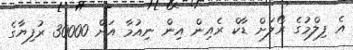
އެ ފިލްމުގެ ރޯލަށް ޑާކް ރެއިން އިން ނިއުމާ އަށް 30000 ރުފިޔާގެ